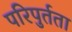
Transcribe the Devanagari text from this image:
परिपुर्तता